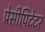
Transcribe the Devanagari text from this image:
प्रेसीपिटेटर